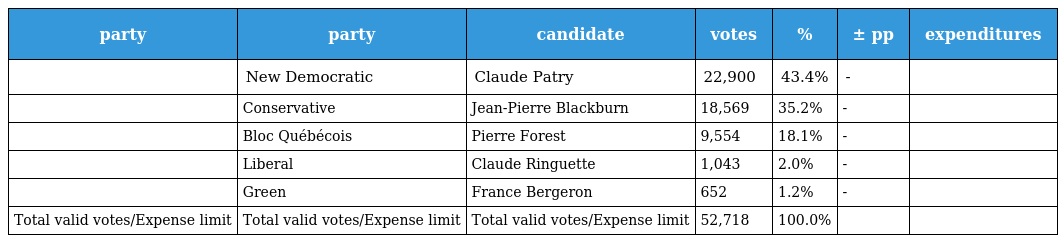
| party | party | candidate | votes | % | ± pp | expenditures |
 | --- | --- | --- | --- | --- | --- | --- |
 |  | New Democratic | Claude Patry | 22,900 | 43.4% | - |  |
 |  | Conservative | Jean-Pierre Blackburn | 18,569 | 35.2% | - |  |
 |  | Bloc Québécois | Pierre Forest | 9,554 | 18.1% | - |  |
 |  | Liberal | Claude Ringuette | 1,043 | 2.0% | - |  |
 |  | Green | France Bergeron | 652 | 1.2% | - |  |
 | Total valid votes/Expense limit | Total valid votes/Expense limit | Total valid votes/Expense limit | 52,718 | 100.0% |  |  |